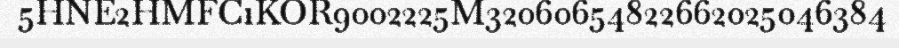
5HNE2HMFC1KOR9002225M32060654822662025046384